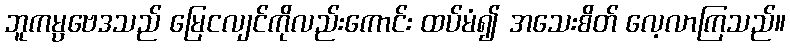
ဘူကမ္ပဗေဒသည် မြေငလျင်ကိုလည်းကောင်း ထပ်မံ၍ အသေးစိတ် လေ့လာကြသည်။